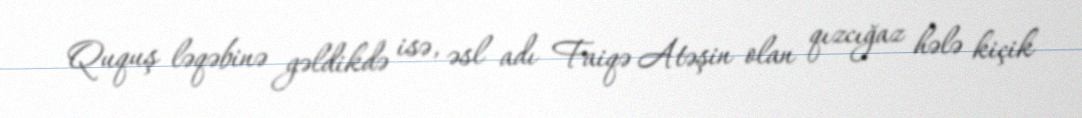
Ququş ləqəbinə gəldikdə isə, əsl adı Faiqə Atəşin olan qızcığaz hələ kiçik